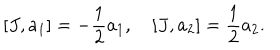
[ J , a _ { 1 } ] = - { \frac { 1 } { 2 } } a _ { 1 } , \quad [ J , a _ { 2 } ] = { \frac { 1 } { 2 } } a _ { 2 } .